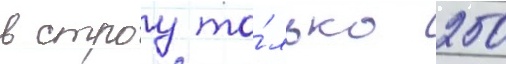
в строу то́лько 250